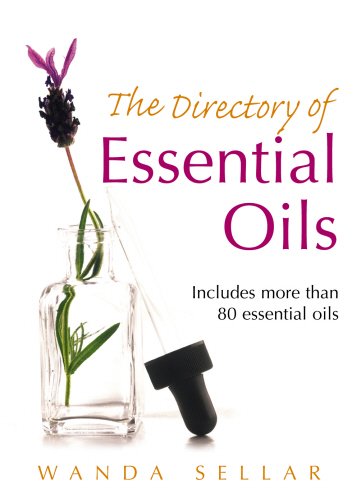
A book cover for The Directory of Essential Oils: Includes More Than 80 Essential Oils; Wanda Sellar; Health, Fitness & Dieting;